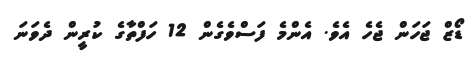
ޑޯޒް ޖަހަން ޖެހެ އެވެ. އެންމެ ފަސްވެގެން 12 ހަފްތާގެ ކުރީން ދެވަނަ